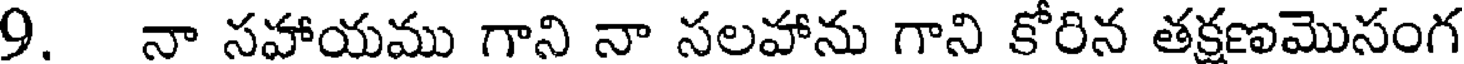
9. నా సహాయము గాని నా సలహాను గాని కోరిన తక్షణమొసంగ